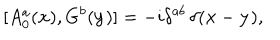
[ A _ { 0 } ^ { a } ( { \bf x } ) , G ^ { b } ( { \bf y } ) ] = - i \delta ^ { a b } \, \delta ( { \bf x } - { \bf y } ) ,